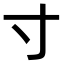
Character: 寸